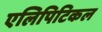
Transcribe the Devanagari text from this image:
एलिपिटिकल